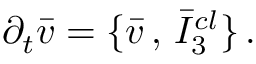
\partial _ { t } \bar { v } = \{ \bar { v } \, , \, \bar { I } _ { 3 } ^ { c l } \} \, .